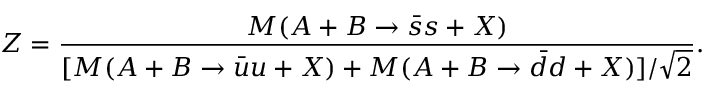
Z = \frac { M ( A + B \rightarrow \bar { s } s + X ) } { [ M ( A + B \rightarrow \bar { u } u + X ) + M ( A + B \rightarrow \bar { d } d + X ) ] / \sqrt { 2 } } .